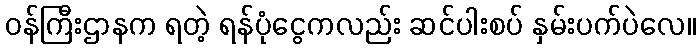
ဝန်ကြီးဌာနက ရတဲ့ ရန်ပုံငွေကလည်း ဆင်ပါးစပ် နှမ်းပက်ပဲလေ။